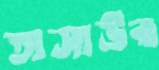
তাসাউর